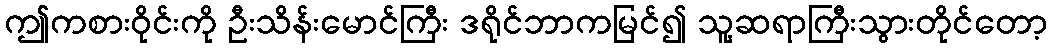
ဤကစားဝိုင်းကို ဦးသိန်းမောင်ကြီး ဒရိုင်ဘာကမြင်၍ သူ့ဆရာကြီးသွားတိုင်တော့